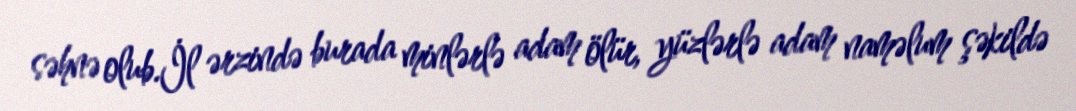
səhnə olub.İl ərzində burada minlərlə adam ölür, yüzlərlə adam naməlum şəkildə